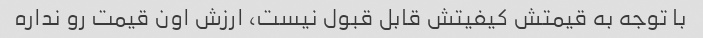
با توجه به قیمتش کیفیتش قابل قبول نیست، ارزش اون قیمت رو نداره